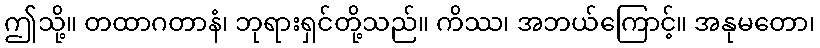
ဤသို့။ တထာဂတာနံ၊ ဘုရားရှင်တို့သည်။ ကိဿ၊ အဘယ်ကြောင့်။ အနုမတော၊